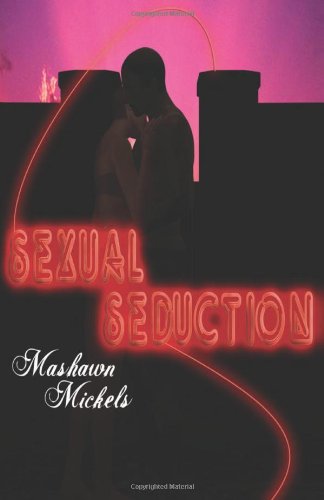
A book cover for Sexual Seduction; Mashawn Mickels; Romance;